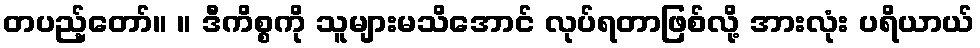
တပည့်တော်။ ။ ဒီကိစ္စကို သူများမသိအောင် လုပ်ရတာဖြစ်လို့ အားလုံး ပရိယာယ်